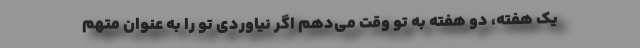
یک هفته، دو هفته به تو وقت می‌دهم اگر نیاوردی تو را به عنوان متهم